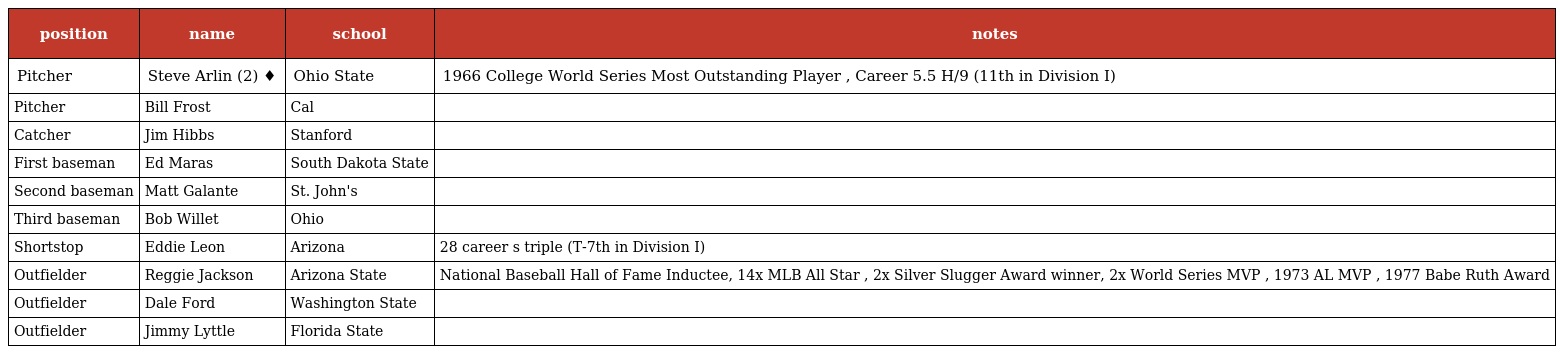
| position | name | school | notes |
 | --- | --- | --- | --- |
 | Pitcher | Steve Arlin (2) ♦ | Ohio State | 1966 College World Series Most Outstanding Player , Career 5.5 H/9 (11th in Division I) |
 | Pitcher | Bill Frost | Cal |  |
 | Catcher | Jim Hibbs | Stanford |  |
 | First baseman | Ed Maras | South Dakota State |  |
 | Second baseman | Matt Galante | St. John's |  |
 | Third baseman | Bob Willet | Ohio |  |
 | Shortstop | Eddie Leon | Arizona | 28 career s triple (T-7th in Division I) |
 | Outfielder | Reggie Jackson | Arizona State | National Baseball Hall of Fame Inductee, 14x MLB All Star , 2x Silver Slugger Award winner, 2x World Series MVP , 1973 AL MVP , 1977 Babe Ruth Award |
 | Outfielder | Dale Ford | Washington State |  |
 | Outfielder | Jimmy Lyttle | Florida State |  |